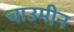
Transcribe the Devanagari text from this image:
चाउमीन